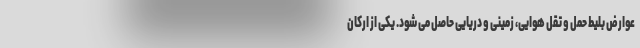
عوارض بلیط حمل و تقل هوایی، زمینی و دریایی حاصل می شود. یکی از ارکان